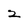
Character: 2